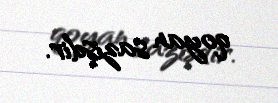
qoyan sazişdir.